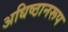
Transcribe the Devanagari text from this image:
अधिष्ठानरूप